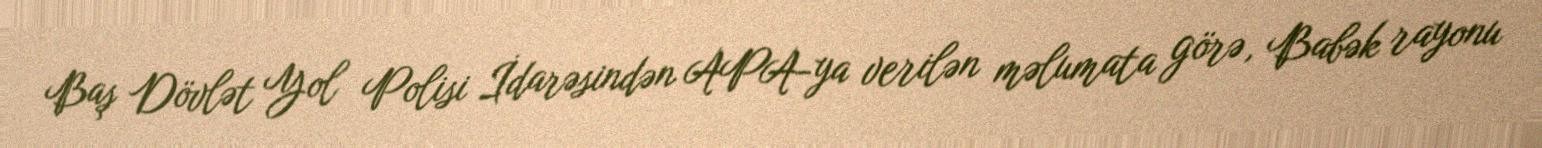
Baş Dövlət Yol Polisi İdarəsindən APA-ya verilən məlumata görə, Babək rayonu